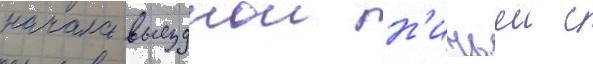
начала выезднои н'ичьеи с